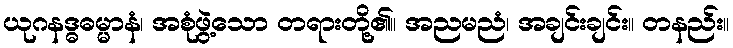
ယုဂနဒ္ဓဓမ္မာနံ၊ အစုံဖွဲ့သော တရားတို့၏။ အညမညံ၊ အချင်းချင်း။ တနည်း။